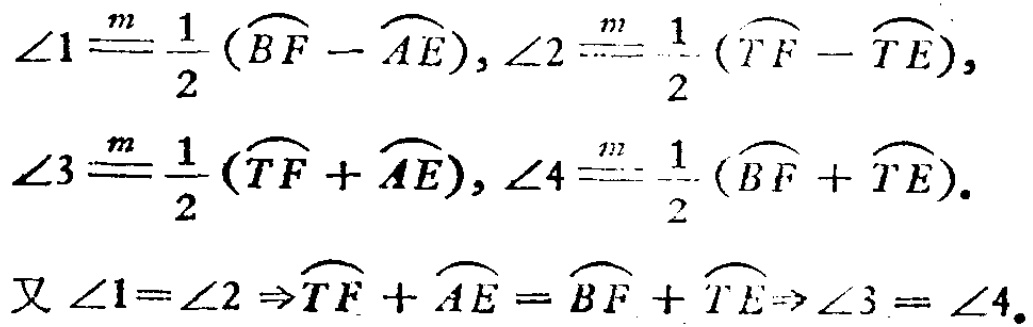
\(\angle1\overset{m}{=}\frac{1}{2}(\overset{\frown}{BF}-\overset{\frown}{AE}), \angle2\overset{m}{=}\frac{1}{2}(\overset{\frown}{TF}-\overset{\frown}{TE}),\)
\(\angle3\overset{m}{=}\frac{1}{2}(\overset{\frown}{TF}+\overset{\frown}{AE}), \angle4\overset{m}{=}\frac{1}{2}(\overset{\frown}{BF}+\overset{\frown}{TE}).\)
\(又\ \angle1 = \angle2\Rightarrow\overset{\frown}{TF}+\overset{\frown}{AE}=\overset{\frown}{BF}+\overset{\frown}{TE}\Rightarrow\angle3=\angle4.\)